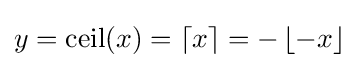
y=\operatorname {ceil} (x)=\left\lceil x\right\rceil =-\left\lfloor -x\right\rfloor